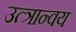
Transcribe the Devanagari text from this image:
उत्त्रान्वय